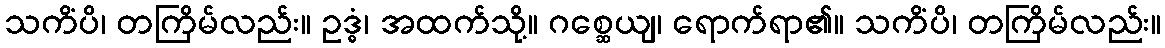
သကိံပိ၊ တကြိမ်လည်း။ ဥဒ္ဓံ၊ အထက်သို့။ ဂစ္ဆေယျ၊ ရောက်ရာ၏။ သကိံပိ၊ တကြိမ်လည်း။